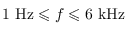
1 ~ \mathrm { H z } \leqslant f \leqslant 6 ~ \mathrm { k H z }